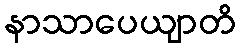
နာသာပေယျာတိ